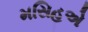
મસિહએ